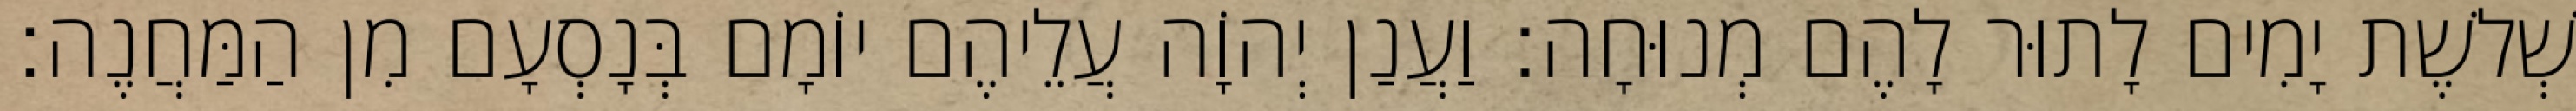
שְׁלשֶׁת יָמִים לָתוּר לָהֶם מְנוּחָה׃ וַעֲנַן יְהוָֹה עֲלֵיהֶם יוֹמָם בְּנָסְעָם מִן הַמַּחֲנֶה׃